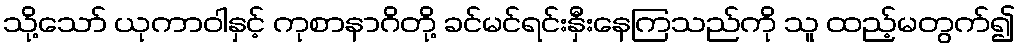
သို့သော် ယုကာဝါနှင့် ကုစာနာဂိတို့ ခင်မင်ရင်းနှီးနေကြသည်ကို သူ ထည့်မတွက်၍